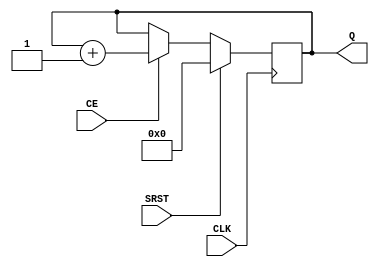
`timescale 1ns / 1ps
//////////////////////////////////////////////////////////////////////////////////
// Company: 
// Engineer: 
// 
// Design Name: 
// Module Name:    cbncer
// Project Name: 
// Target Devices: 
// Tool versions: 
// Description: 
//
// Dependencies: 
//
// Revision: 
// Revision 0.01 - File Created
// Additional Comments: 
//
//////////////////////////////////////////////////////////////////////////////////
module cbncer #(
	parameter Width = 4,
	parameter TMR = 0
)(
	input CLK,
	input SRST,
	input CE,
	output [Width-1:0] Q
);


generate
if(TMR==1) 
begin : cbncer_tmr

	(* syn_preserve = "true" *) reg [Width-1:0] cnt_1;
	(* syn_preserve = "true" *) reg [Width-1:0] cnt_2;
	(* syn_preserve = "true" *) reg [Width-1:0] cnt_3;

	(* syn_keep = "true" *) wire [Width-1:0] voted_cnt_1;

	  vote #(.Width(Width)) vote_cnt_1 (.A(cnt_1), .B(cnt_2), .C(cnt_3), .V(voted_cnt_1));

	assign Q  =  voted_cnt_1;

	always @(posedge CLK) begin
		if(SRST) begin
			cnt_1 <= 0;
			cnt_2 <= 0;
			cnt_3 <= 0;
		end
		else
			if(CE) begin
				cnt_1 <= voted_cnt_1 + 1;
				cnt_2 <= voted_cnt_1 + 1;
				cnt_3 <= voted_cnt_1 + 1;
			end
			else begin
				cnt_1 <= voted_cnt_1;
				cnt_2 <= voted_cnt_1;
				cnt_3 <= voted_cnt_1;
			end
	end
end
else
begin : cbncer_notmr

	reg [Width-1:0] cnt;

	assign Q  =  cnt;

	always @(posedge CLK) begin
		if (SRST)
			cnt <= 0;
		else if(CE)
			cnt <= cnt + 1;
	end
end
endgenerate

endmodule